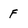
Character: f